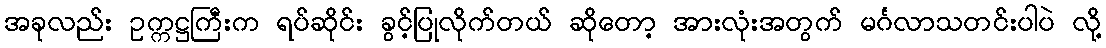
အခုလည်း ဥက္ကဋ္ဌကြီးက ရပ်ဆိုင်း ခွင့်ပြုလိုက်တယ် ဆိုတော့ အားလုံးအတွက် မင်္ဂလာသတင်းပါပဲ လို့